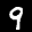
Label: 9